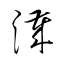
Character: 濊